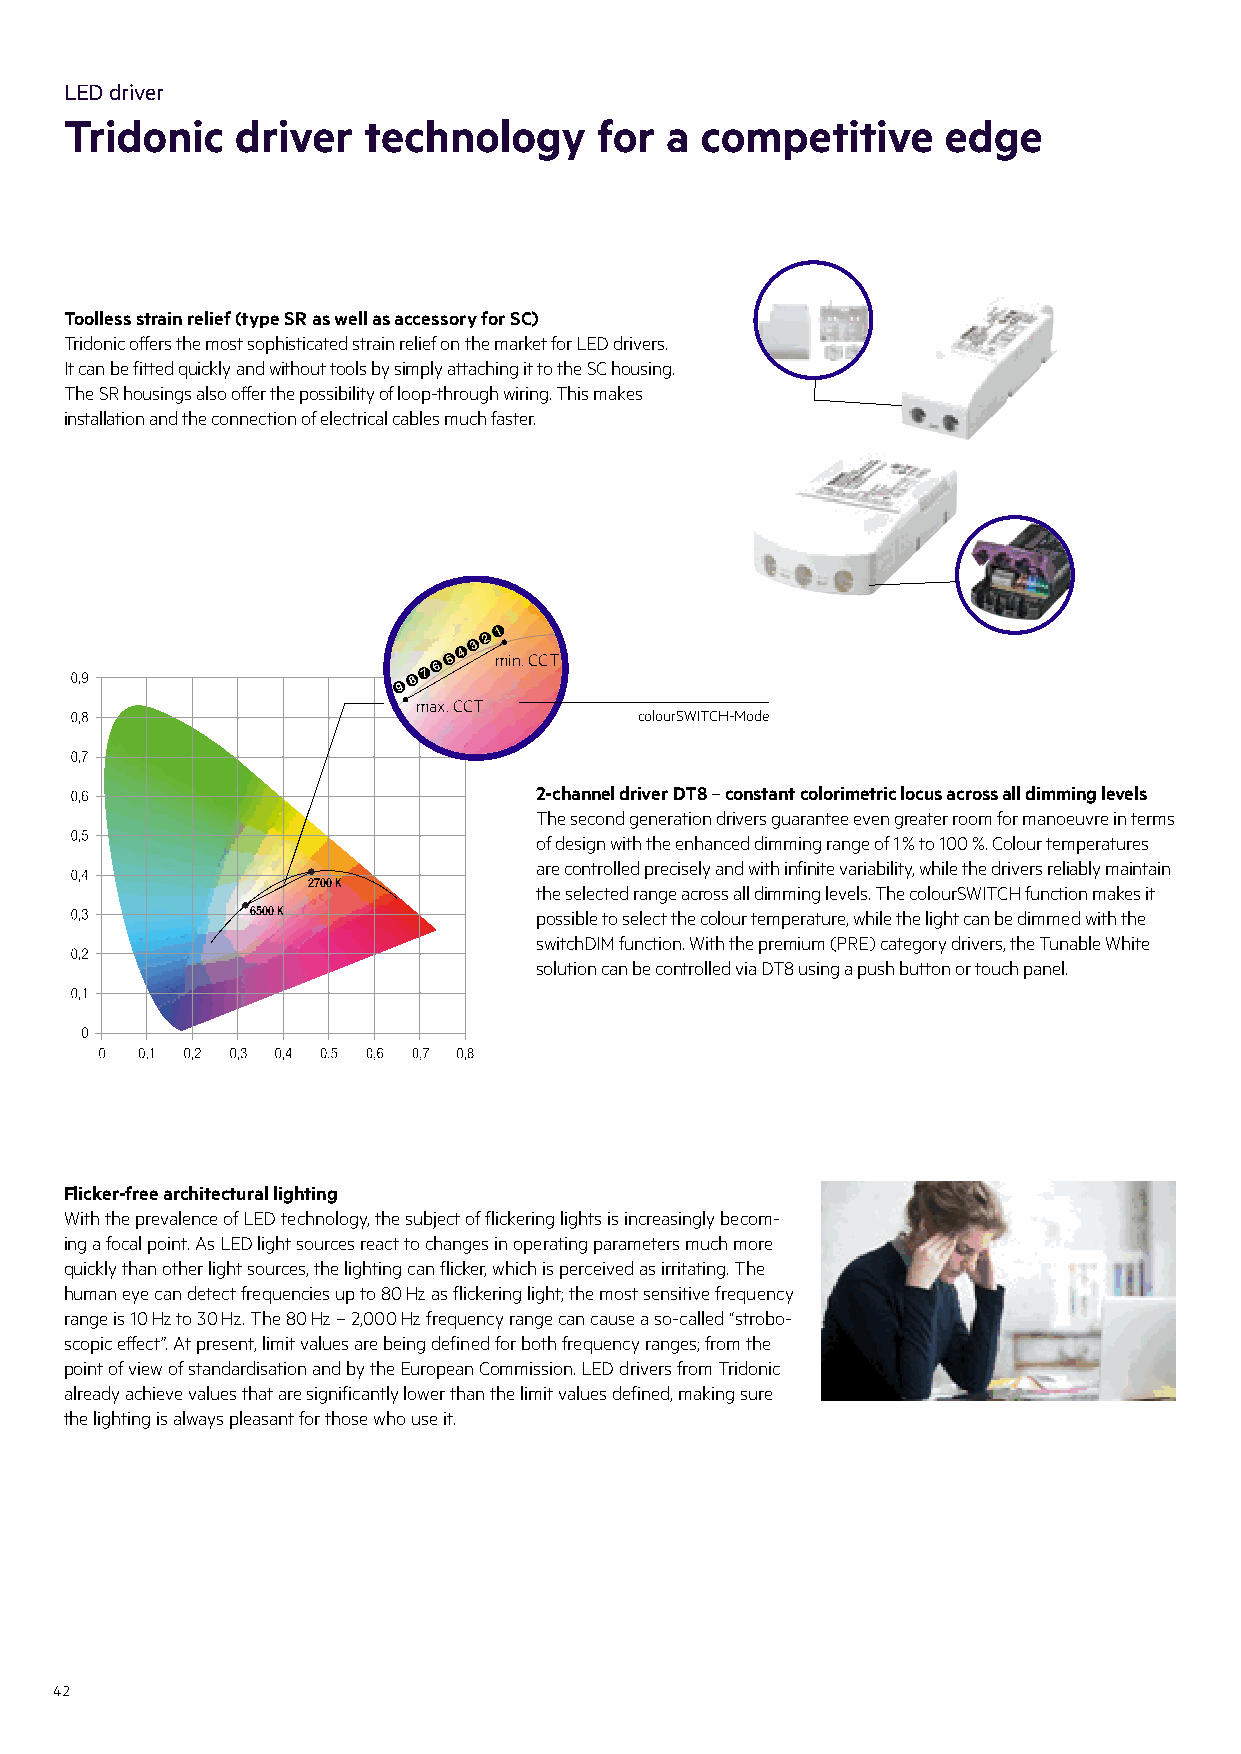
LED driver
 Tridonic    driver  technology     for  a competitive      edge
 Toolless strain relief (type SR as well as accessory for SC)
 Tridonic offers the most sophisticated strain relief on the market for LED drivers.
 It can be fitted quickly and without tools by simply attaching it to the SC housing.
 The SR housings also offer the possibility of loop-through wiring. This makes
 installation and the connection of electrical cables much faster.
 !
 "
 §
 % $ min. CCT
 &
 /
 (
 )
 max. CCT
 colourSWITCH-Mode
 2-channel driver DT8 – constant colorimetric locus across all dimming levels
 The second generation drivers guarantee even greater room for manoeuvre in terms
 of design with the enhanced dimming range of 1 % to 100 %. Colour temperatures
 are controlled precisely and with infinite variability, while the drivers reliably maintain
 2700 K         the selected range across all dimming levels. The colourSWITCH function makes it
 6500 K            possible to select the colour temperature, while the light can be dimmed with the
 switchDIM function. With the premium (PRE) category drivers, the Tunable White
 solution can be controlled via DT8 using a push button or touch panel.
 Flicker-free architectural lighting
 With the prevalence of LED technology, the subject of flickering lights is increasingly becom-
 ing a focal point. As LED light sources react to changes in operating parameters much more
 quickly than other light sources, the lighting can flicker, which is perceived as irritating. The
 human eye can detect frequencies up to 80 Hz as flickering light; the most sensitive frequency
 range is 10 Hz to 30 Hz. The 80 Hz – 2,000 Hz frequency range can cause a so-called “strobo-
 scopic effect”. At present, limit values are being defined for both frequency ranges; from the
 point of view of standardisation and by the European Commission. LED drivers from Tridonic
 already achieve values that are significantly lower than the limit values defined, making sure
 the lighting is always pleasant for those who use it.
 42